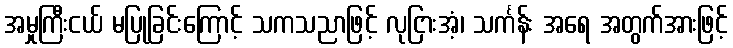
အမှုကြီးငယ် မပြုခြင်းကြောင့် သကသညာဖြင့် လုငြားအံ့၊ သင်္ကန်း အရေ အတွက်အားဖြင့်